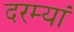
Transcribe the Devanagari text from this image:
दरम्यां